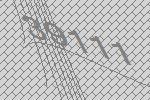
39111